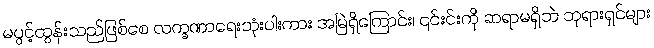
မပွင့်ထွန်းသည်ဖြစ်စေ လက္ခဏာရေးသုံးပါးကား အမြဲရှိကြောင်း၊ ၎င်းင်းကို ဆရာမရှိဘဲ ဘုရားရှင်များ